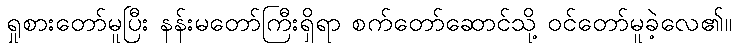
ရှုစားတော်မူပြီး နန်းမတော်ကြီးရှိရာ စက်တော်ဆောင်သို့ ဝင်တော်မူခဲ့လေ၏။